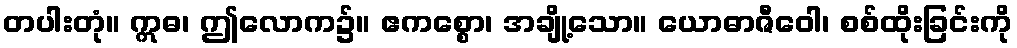
တပါးတုံ။ ဣဓ၊ ဤလောက၌။ ဧကစ္စော၊ အချို့သော။ ယောဓာဇီဝေါ၊ စစ်ထိုးခြင်းကို